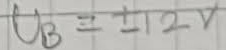
Text: UB=+12V